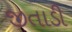
જીતાડી